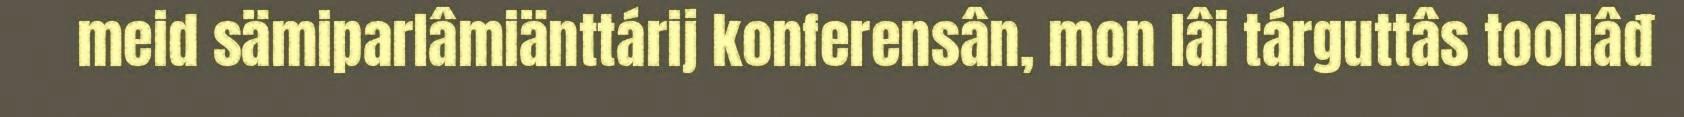
meid sämiparlâmiänttárij konferensân, mon lâi tárguttâs toollâđ